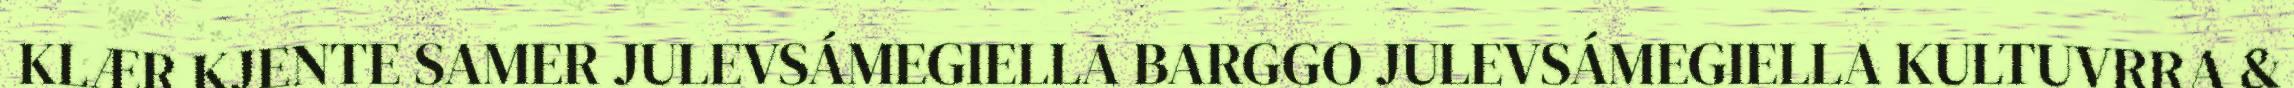
KLÆR KJENTE SAMER JULEVSÁMEGIELLA BARGGO JULEVSÁMEGIELLA KULTUVRRA &